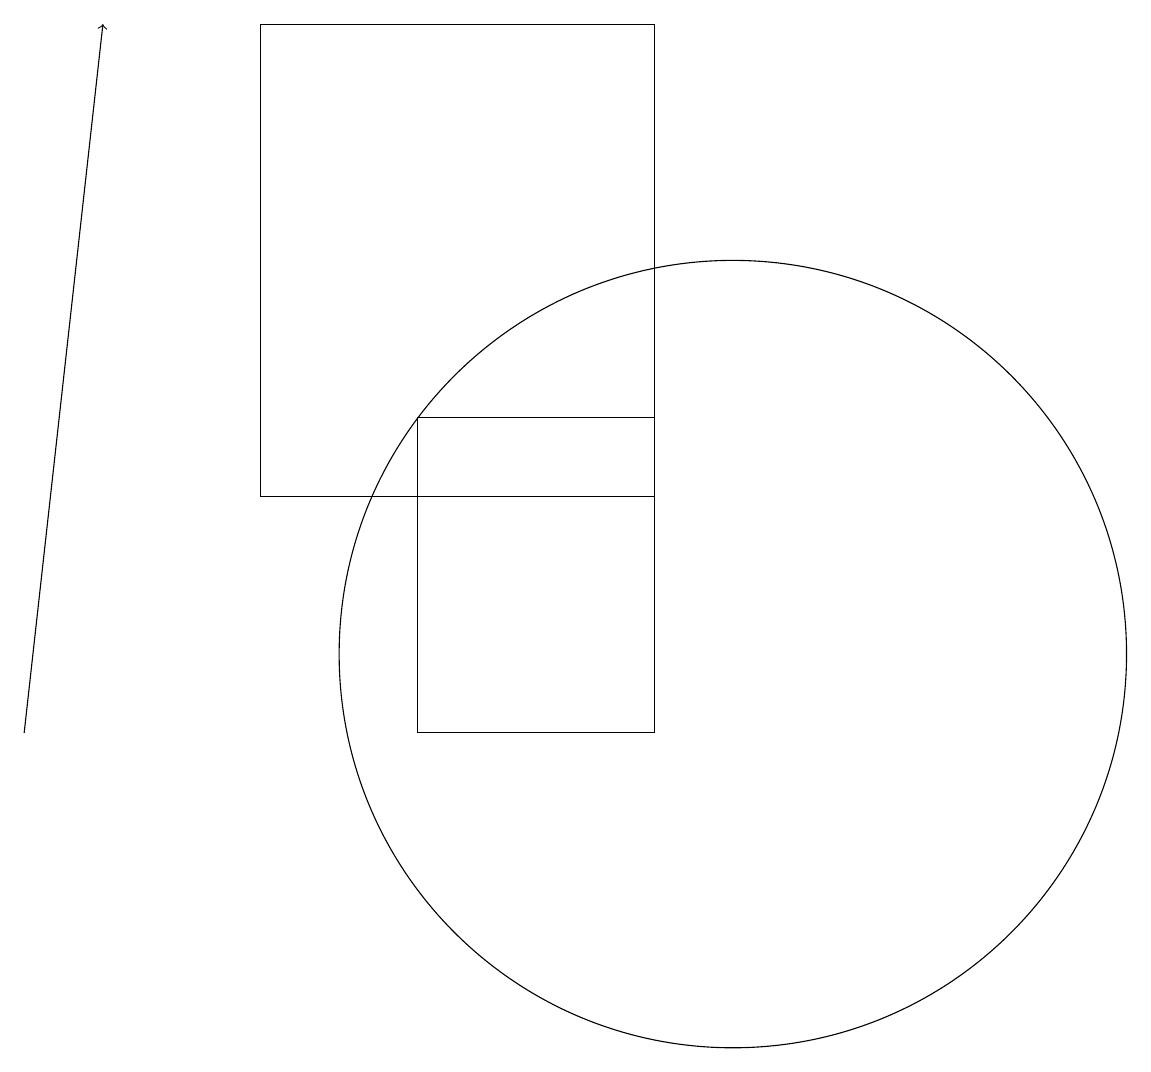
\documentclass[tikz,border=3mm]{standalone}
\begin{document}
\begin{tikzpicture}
\draw[->] (1,10) -- (2,19);
\draw (10,11) circle (5);
\draw (9,13) rectangle (4,19);
\draw (9,14) rectangle (6,10);
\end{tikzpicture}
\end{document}